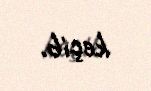
keçib.